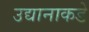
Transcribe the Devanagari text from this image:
उद्यानाकडे